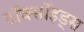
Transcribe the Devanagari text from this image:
टॉक्सॉइड्स